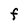
Character: F